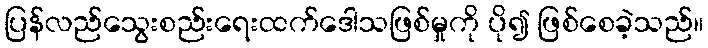
ပြန်လည်သွေးစည်းရေးထက်ဒေါသဖြစ်မှုကို ပို၍ ဖြစ်စေခဲ့သည်။